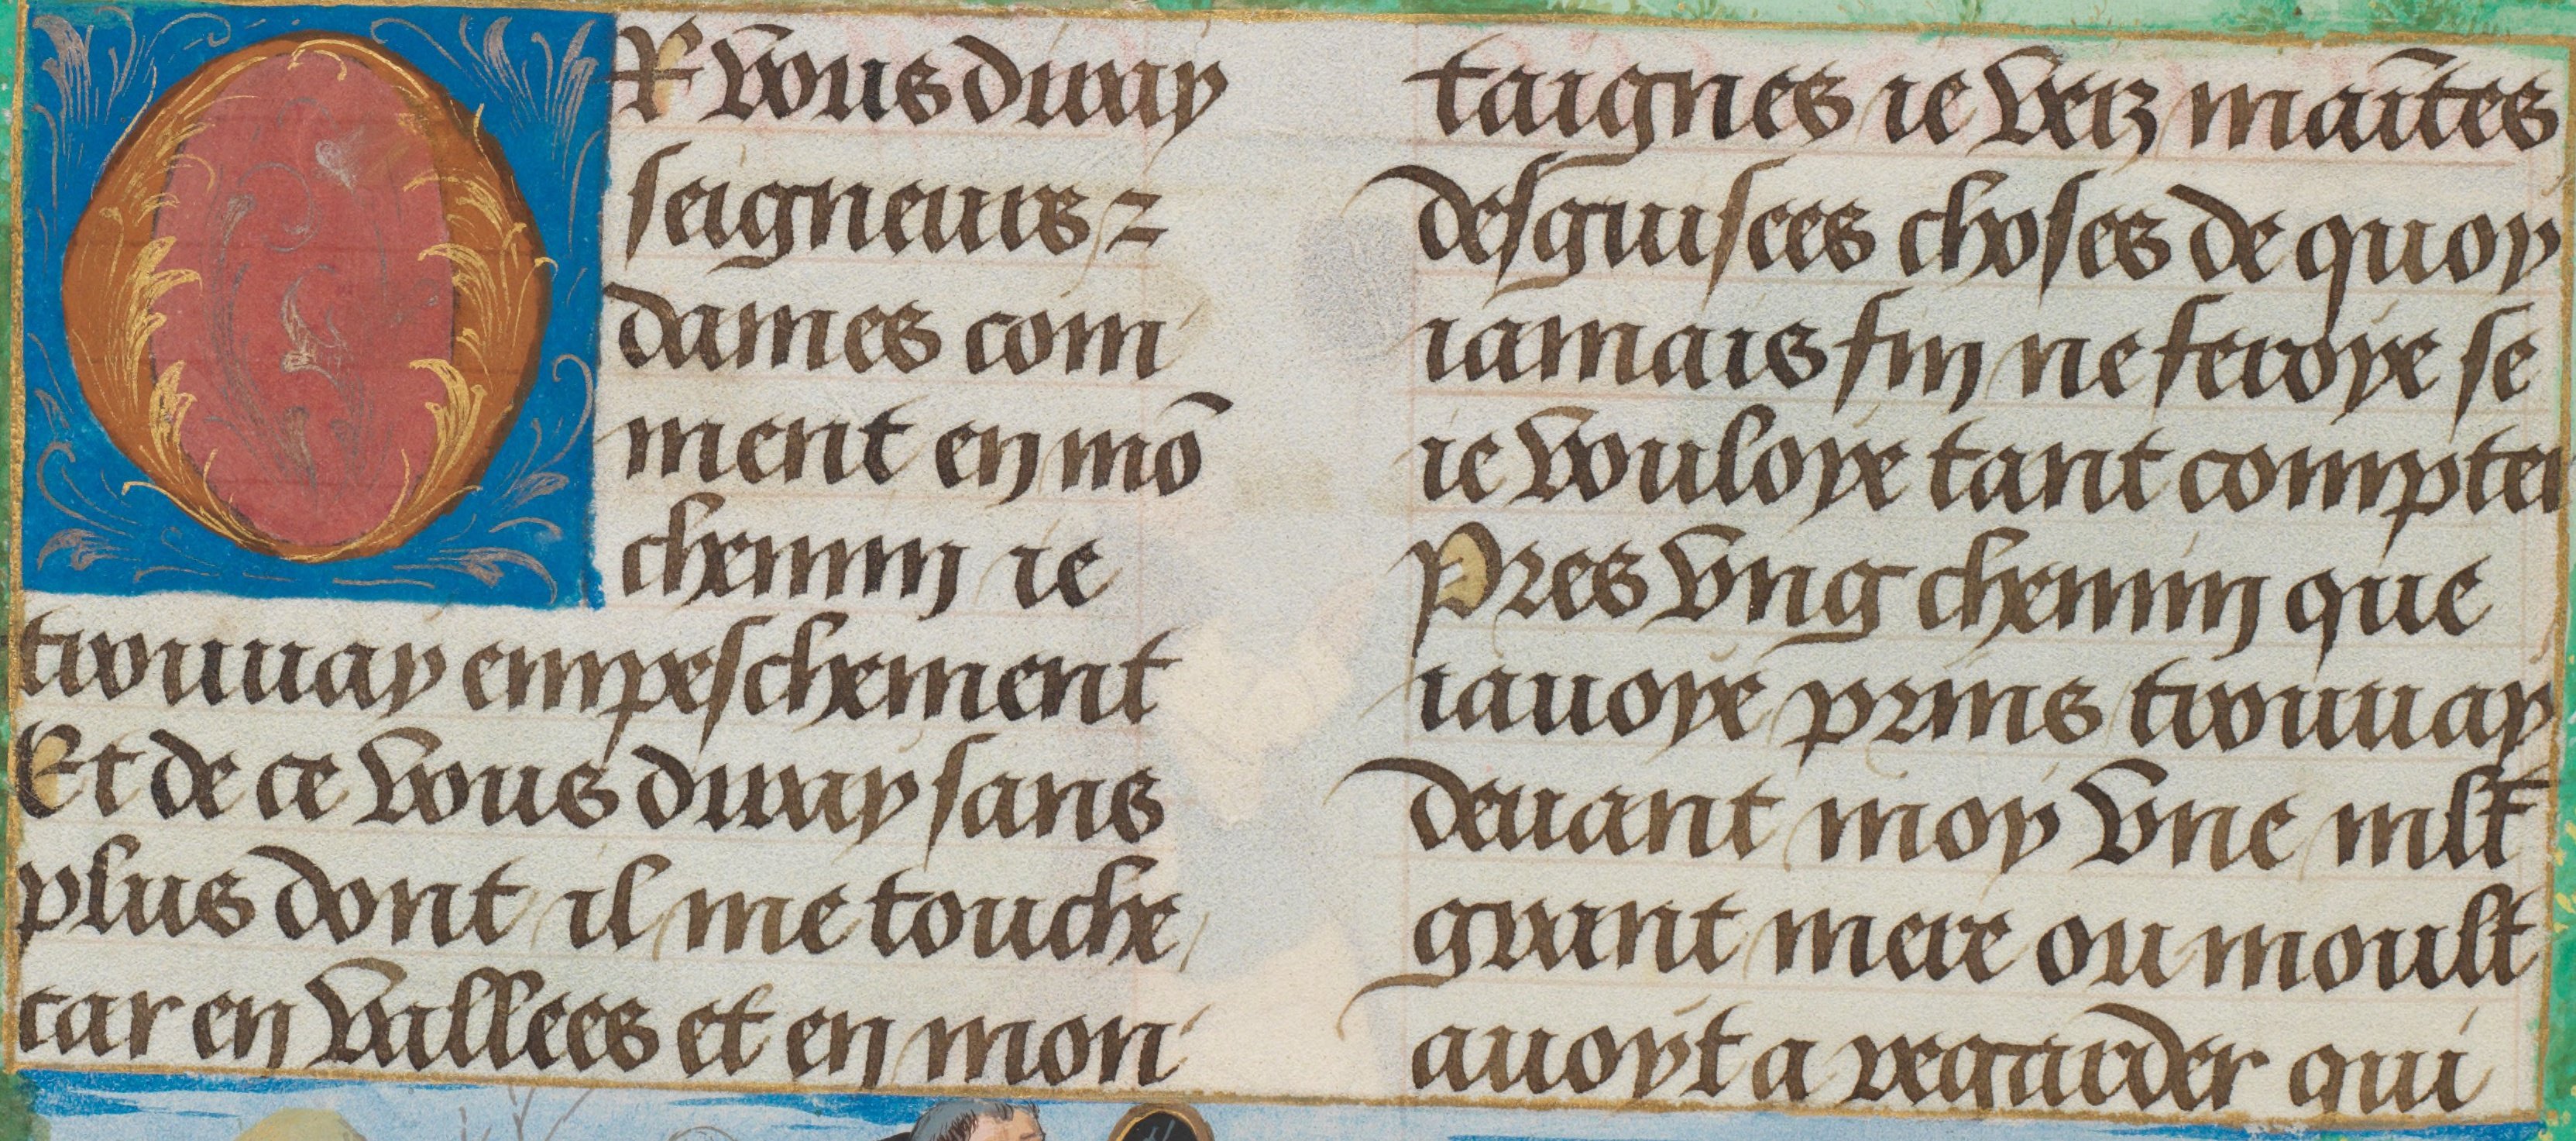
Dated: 1470–1530